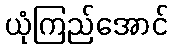
ယုံကြည်အောင်